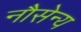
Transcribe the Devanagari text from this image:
नौसेन्य